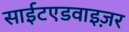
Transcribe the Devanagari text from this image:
साईटएडवाइज़र